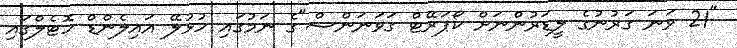
"21 ވަނަ ގަރުނުގެ ލީޑަރުންނަށް ކޯޕަރޭޓް ގަވަނަންސް"ގެ ނަމުގައި ހުޅުލޭ އައިލެންޑް ހޮޓެލްގައި